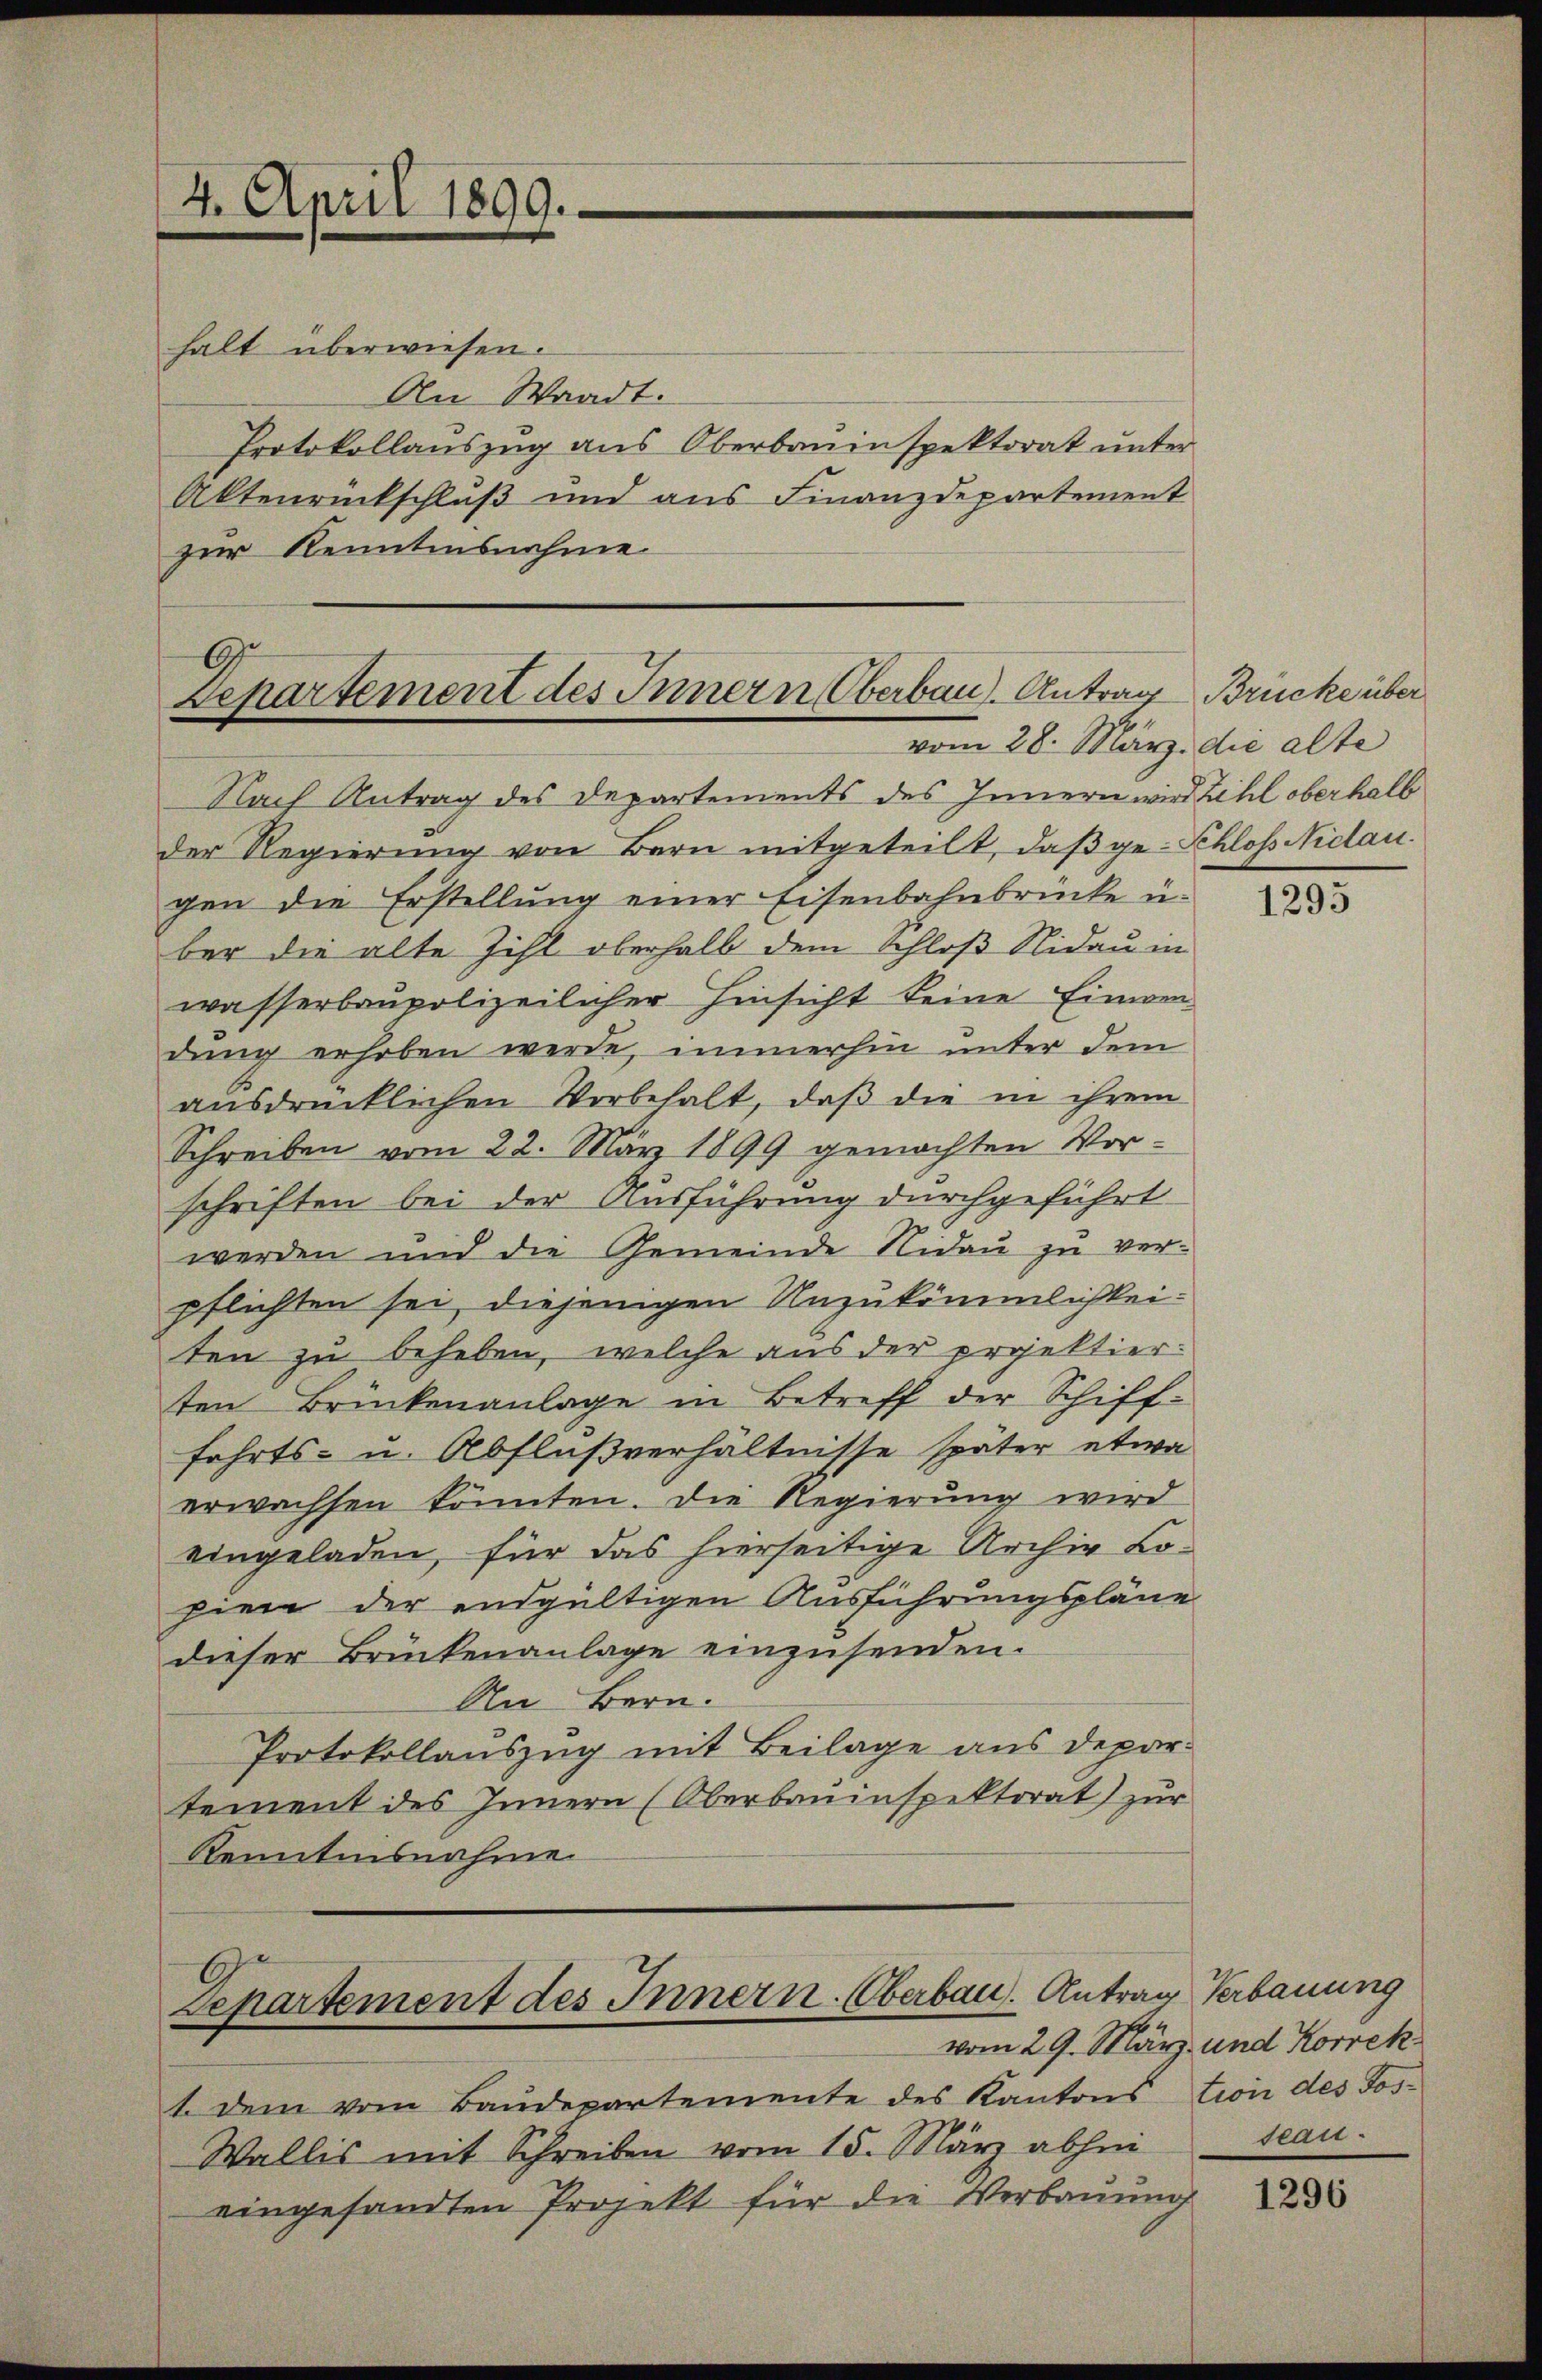
4. April 1899.

halt überwiesen.
An Waadt.
Protokollauszug aus Oberbauinspektorat unter
Aktenrückschluß und aus Finanzdepartement
zur Kenntensnahme.

Lepartement des Innern Oberbau. Antrag Brücke über
vom 28. März. die alte

Nach Antrag des Departements des Innern wird Zihl oberhalb
der Regierung von Bern mitgeteilt, daß ge-Schloss Niclau.
gen die Erstellŭng einer Eisenbahnbrücke u.
ber die alte Zihl oberhalb dem Schloß Nidau in
wasserbaupolizeilicher Hinsicht keine Einwendung erhoben werde, immerhin unter dem
aŭsdrücklichen Vorbehalt, daβ die in ihrem
Schreiben vom 22. März 1899 gemachten Vor-
schriften bei der Ausführung durchgeführt
werden und die Gemeinde Nidau zu verpflichten sei, diejenigen Unzukömmlichkeiten zu beheben, welche aus der projektierten Brückenanlage in Betreff der Schiff-
fahrts- u. Abflußverhältnisse später etwa
erwachsen könnten. Die Regierung wird
eingeladen, für das hierseitige Archiv Lopien der endgültigen Ausführungspläne
dieser Brückenanlage einzusenden.
An Bern.
Protokollauszug mit Beilage aus departement des Innern (Oberbauinspektorat) zur
Kenntnisnahme

Departement des Innern. Oberbau. Antrag Verbauung

1. Dem vom Baudepartemente des Kantons tion des Jos-
Wallis mit Schreiben vom 15. März abhin
eingesandten Projekt für die Verbauung

1295

vom 29. März und Korrek
seau.

1296